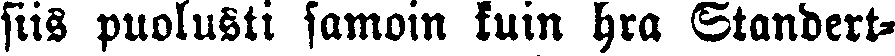
siis puolusti samoin kuin hra Standert-